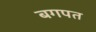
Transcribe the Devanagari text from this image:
बगपत